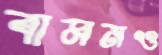
বামনও